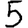
Digit: 5